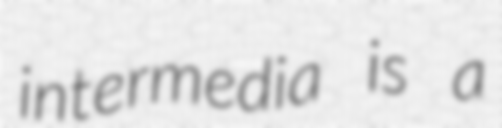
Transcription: intermedia is a